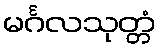
မင်္ဂလသုတ္တံ